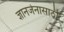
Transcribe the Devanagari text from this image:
ज्ञानर्जनासाठी